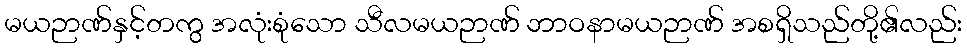
မယဉာဏ်နှင့်တကွ အလုံးစုံသော သီလမယဉာဏ် ဘာဝနာမယဉာဏ် အစရှိသည်တို့၏လည်း